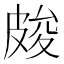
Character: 𭽫